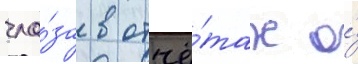
гла́за в отчё́тах о́